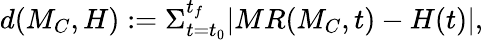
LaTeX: \begin{array}{r}{d(M_{C},H):=\Sigma_{t=t_{0}}^{t_{f}}|MR(M_{C},t)-H(t)|,}\end{array}